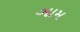
ઞામ